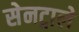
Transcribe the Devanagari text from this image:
सेनट्राले